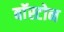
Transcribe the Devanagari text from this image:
बाॅस्टोन